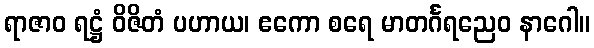
ရာဇာဝ ရဋ္ဌံ ဝိဇိတံ ပဟာယ၊ ဧကော စရေ မာတင်္ဂရညေဝ နာဂေါ။